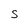
Character: S